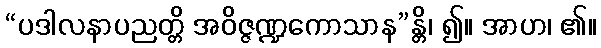
“ပဒါလနာပညတ္တိ အဝိဇ္ဇဏ္ဍကောသာန”န္တိ၊ ၍။ အာဟ၊ ၏။